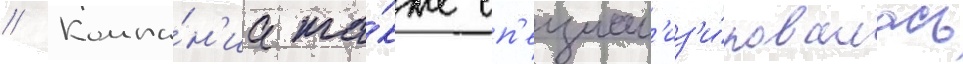
// Компа́н'иа та́кже сп'ециал'из'и́ровалась